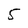
Character: 5